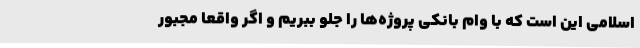
اسلامی این است که با وام بانکی پروژه‌ها را جلو ببریم و اگر واقعا مجبور